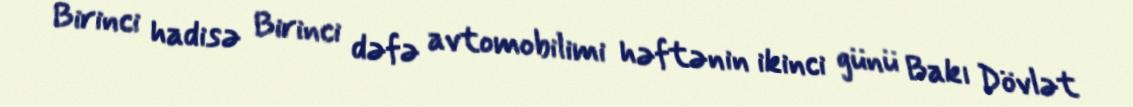
Birinci hadisə Birinci dəfə avtomobilimi həftənin ikinci günü Bakı Dövlət